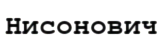
Нисонович